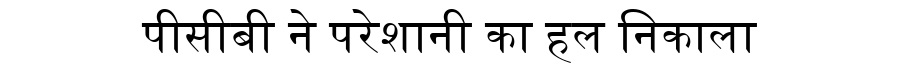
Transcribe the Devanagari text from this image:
पीसीबी ने परेशानी का हल निकाला